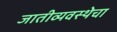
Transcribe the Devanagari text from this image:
जातीव्यवस्थेचा